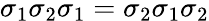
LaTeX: \sigma_{1}\sigma_{2}\sigma_{1}=\sigma_{2}\sigma_{1}\sigma_{2}